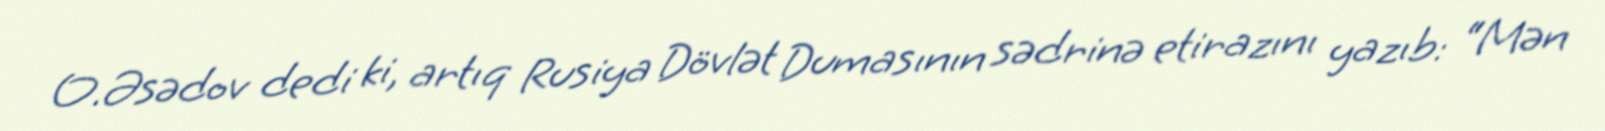
O.Əsədov dedi ki, artıq Rusiya Dövlət Dumasının sədrinə etirazını yazıb: “Mən